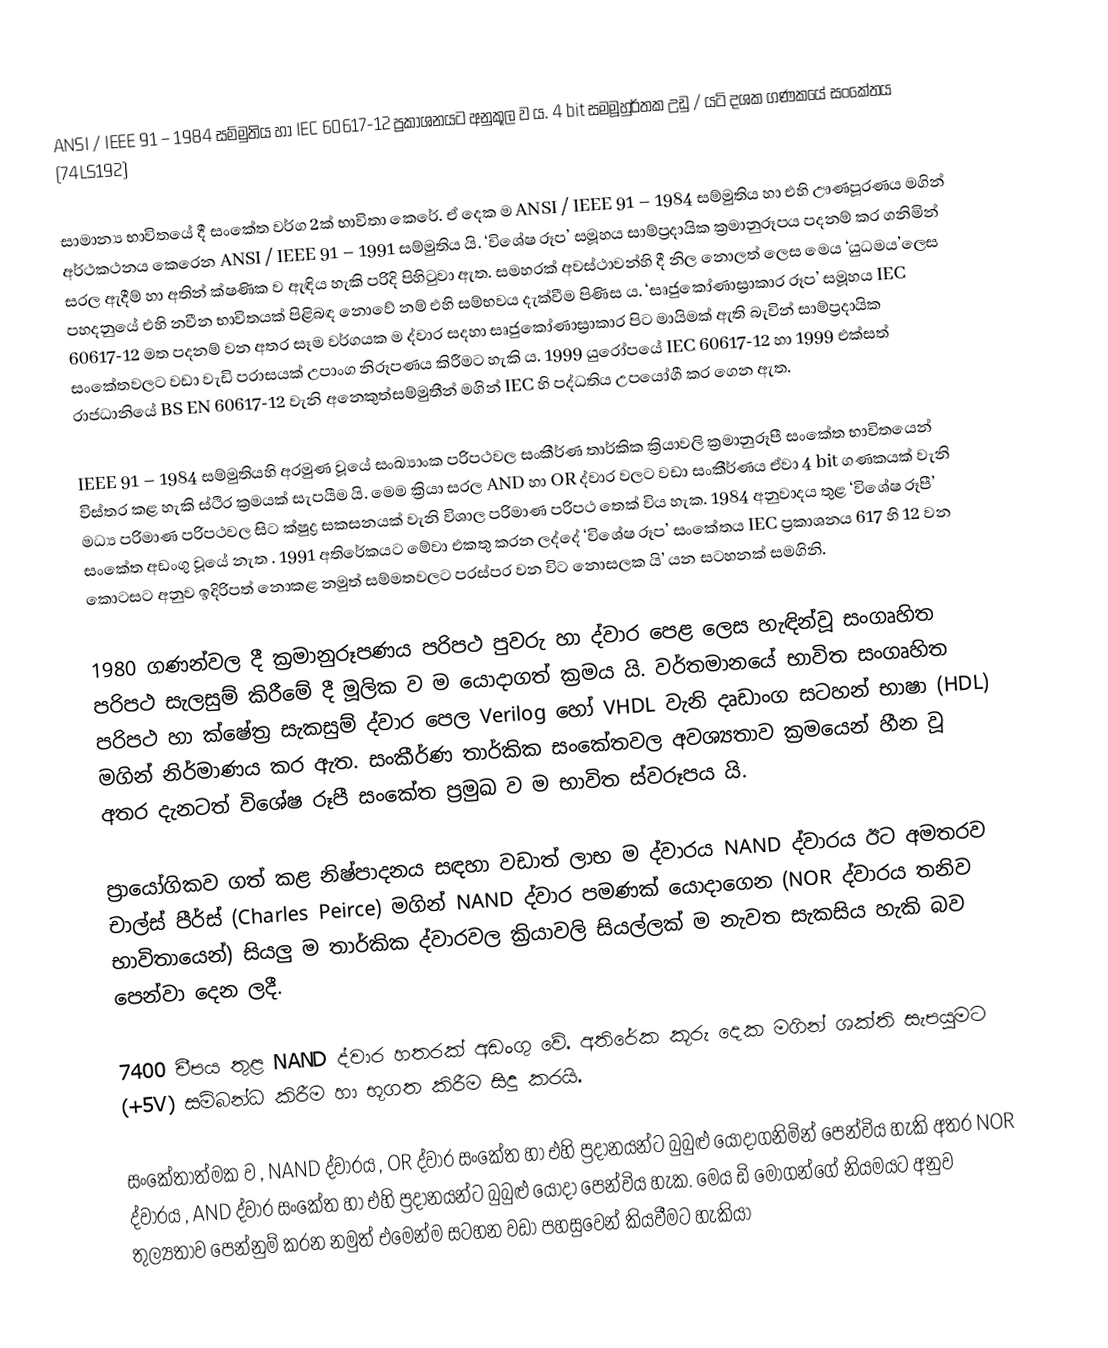
ANSI / IEEE 91 – 1984  සම්මුතිය හා IEC  60617-12 ප්‍රකාශනයට අනුකූල ව ය. 4 bit සමමූහුර්තක උඩු / යටි දශක ගණකයේ සංකේතය (74LS192)

සාමාන්‍ය භාවිතයේ දී සංකේත වර්ග 2ක් භාවිතා කෙරේ. ඒ දෙක ම ANSI / IEEE 91 – 1984   සම්මුතිය හා එහි ඌණපූරණය මගින් අර්ථකථනය කෙරෙන  ANSI / IEEE 91 – 1991 සම්මුතිය යි. ‘විශේෂ රූප’ සමූහය  සාම්ප්‍රදායික ක්‍රමානුරූපය පදනම් කර ගනිමින් සරල  ඇදීම් හා අතින් ක්ෂණික ව ඇඳිය හැකි පරිදි පිහිටුවා ඇත. සමහරක් අවස්ථාවන්හි දී නිල නොලත් ලෙස මෙය ‘යුධමය’ලෙස පහදනුයේ එහි නවීන භාවිතයක් පිළිබඳ නොවේ නම් එහි සම්භවය දැක්වීම පිණිස ය. ‘සෘජුකෝණාස්‍රාකාර රූප’ සමූහය IEC  60617-12 මත පදනම් වන අතර සෑම වර්ගයක ම ද්වාර සදහා සෘජුකෝණාස්‍රාකාර පිට මායිමක් ඇති බැවින් සාම්ප්‍රදායික සංකේතවලට වඩා වැඩි පරාසයක් උපාංග නිරූපණය කිරීමට හැකි ය. 1999 යුරෝපයේ IEC  60617-12 හා 1999 එක්සත් රාජධානියේ BS EN  60617-12  වැනි අනෙකුත්සම්මුතීන් මගින් IEC  හි පද්ධතිය උපයෝගී කර ගෙන ඇත.

IEEE 91 – 1984  සම්මුතියහි අරමුණ වූ‍යේ සංඛ්‍යාංක පරිපථවල සංකීර්ණ තාර්කික ක්‍රියාවලි ක්‍රමානුරූපී සංකේත භාවිතයෙන් විස්තර කළ හැකි ස්ථිර ක්‍රමයක් සැපයීම යි. මෙම ක්‍රියා සරල AND  හා OR  ද්වාර වලට වඩා සංකීර්ණය ඒවා 4 bit  ගණකයක් වැනි මධ්‍ය පරිමාණ පරිපථවල සිට ක්ෂුද්‍ර සකසනයක් වැනි විශාල පරිමාණ පරිපථ තෙක් විය හැක. 1984 අනුවාදය තුළ ‘විශේෂ රූපී’ සංකේත අඩංගු වූයේ නැත . 1991 අතිරේකයට මේවා එකතු කරන ලද්දේ ‘විශේෂ රූප’ සංකේතය IEC   ප්‍රකාශනය 617 හි 12 වන කොටසට අනුව ඉදිරිපත් නොකළ නමුත් සම්මතවලට පරස්පර වන විට නොසලක යි’ යන සටහනක් සමගිනි.

1980 ගණන්වල දී ක්‍රමානුරූපණය පරිපථ පුවරු හා ද්වාර පෙළ ලෙස හැඳින්වූ සංගෘහිත පරිපථ සැලසුම් කිරීමේ දී මූලික ව ම යොදාගත් ක්‍රමය යි. වර්තමානයේ භාවිත සංගෘහිත පරිපථ හා ක්ෂේත්‍ර සැකසුම් ද්වාර පෙල Verilog  හෝ VHDL  වැනි දෘඩාංග සටහන් භාෂා (HDL)  මගින් නිර්මාණය කර ඇත. සංකීර්ණ තාර්කික සංකේතවල අවශ්‍යතාව ක්‍රමයෙන් හීන වූ අතර දැනටත් විශේෂ රූපී සංකේත ප්‍රමුඛ ව ම භාවිත ස්වරූපය යි.

ප්‍රායෝගිකව ගත් කළ නිෂ්පාදනය සඳහා වඩාත් ලාභ ම ද්වාරය NAND  ද්වාරය  ඊට අමතරව චාල්ස් පීර්ස් (Charles Peirce)  මගින් NAND  ද්වාර පමණක් යොදාගෙන (NOR  ද්වාරය තනිව භාවිතායෙන්) සියලු ම තාර්කික ද්වාරවල ක්‍රියාවලි සියල්ලක් ම නැවත සැකසිය හැකි බව පෙන්වා දෙන ලදී.

7400 චීපය තුළ NAND  ද්වාර හතරක් අඩංගු වේ. අතිරේක කූරු දෙක මගින් ශක්ති සැපයුමට (+5V)  සම්බන්ධ කිරීම හා භූගත කිරීම සිදු කරයි.

සංකේතාත්මක ව , NAND  ද්වාරය , OR ද්වාර සංකේත හා එහි ප්‍රදානයන්ට බුබුළු යොදාගනිමින් පෙන්විය හැකි අතර NOR  ද්වාරය , AND  ද්වාර සංකේත හා  එහි ප්‍රදානයන්ට බුබුළු යොදා පෙන්විය හැක. මෙය ඩි මෝගන්ගේ නියමයට අනුව තුල්‍යතාව පෙන්නුම් කරන නමුත් එමෙන්ම සටහන වඩා පහසුවෙන් කියවීමට හැකියා